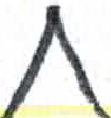
אות: ת